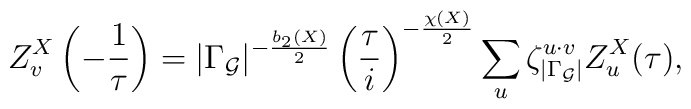
Z^X_v\left(-\frac{1}{\tau}\right)=\vert\Gamma_{\cal G}\vert^{-\frac{b_2(X)}{2}}\left(\frac{\tau}{i}\right)^{-\frac{\chi(X)}{2}}\sum_u\zeta_{|\Gamma_{\cal G}|}^{u\cdot v}Z_u^X(\tau),